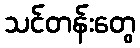
သင်တန်းတွေ